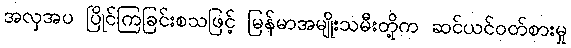
အလှအပ ပြိုင်ကြခြင်းစသဖြင့် မြန်မာအမျိုးသမီးတို့က ဆင်ယင်ဝတ်စားမှု